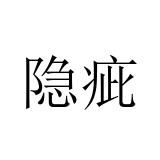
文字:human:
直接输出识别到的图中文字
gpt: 隐疵